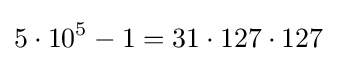
5\cdot 10^{5}-1=31\cdot 127\cdot 127